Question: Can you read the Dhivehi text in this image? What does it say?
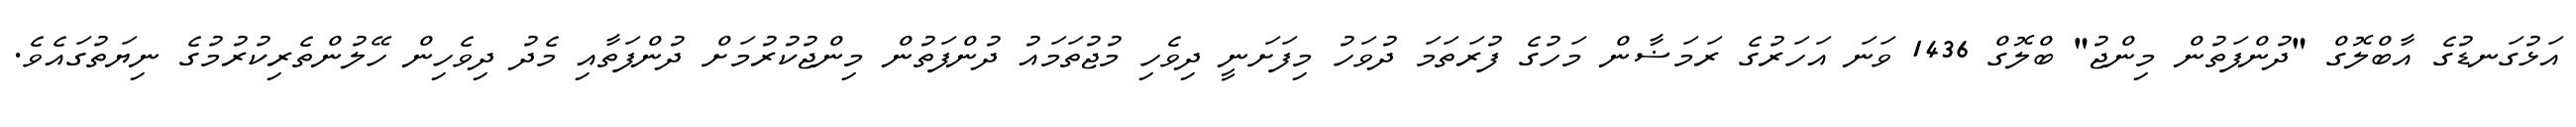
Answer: އަޅުގަނޑުގެ އާބްލޮގް "ދުންފަތުން މިންޖު" ބްލޮގް 1436 ވަނަ އަހަރުގެ ރަމަޟާން މަހުގެ ފުރަތަމަ ދުވަހު މިފަށަނީ ދިވެހި މުޖުތަމައު ދުންފަތުން މިންޖުކުރުމަށް ދުންފަތާއި މެދު ދިވެހިން ހޭލުންތެރިކުރުމުގެ ނިޔަތުގައެވެ.